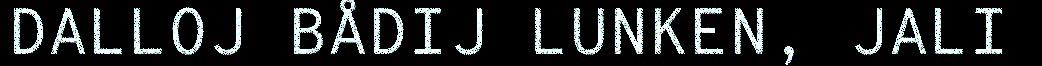
DALLOJ BÅDIJ LUNKEN, JALI